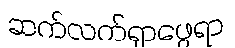
ဆက်လက်ရှာဖွေရာ